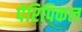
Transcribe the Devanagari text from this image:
पेरिपिकल